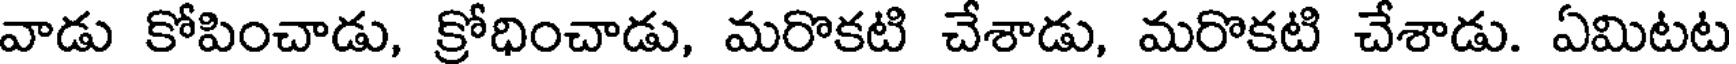
వాడు కోపించాడు, క్రోధించాడు, మరొకటి చేశాడు, మరొకటి చేశాడు. ఏమిటట